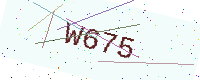
Text: W675